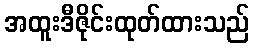
အထူးဒီဇိုင်းထုတ်ထားသည်